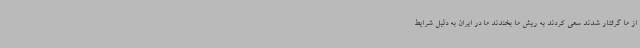
از ما گرفتار شدند سعی کردند به ریش ما بخندند ما در ایران به دلیل شرایط